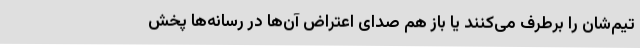
تیم‌شان را برطرف می‌کنند یا باز هم صدای اعتراض آن‌ها در رسانه‌ها پخش